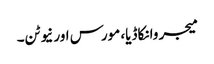
میجر وانکاڈیا، مورس اور نیوٹن۔